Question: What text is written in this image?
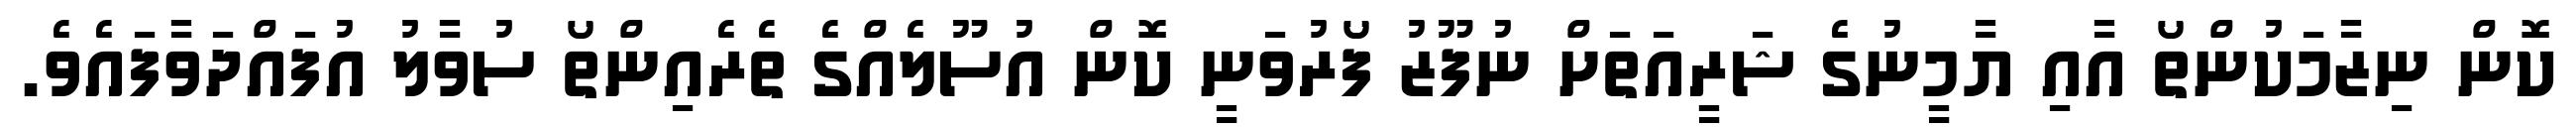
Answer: ކޮން ނިޒާމަކުންތޯ އާއި ޔާމީނުގެ ޝަރީއަތަށް ނުފޫޒު ފޯރުވަނީ ކޮން އުސޫލެއްގެ ތެރެއިންތޯ ސުވާލު އުފައްދަވާފައެވެ.